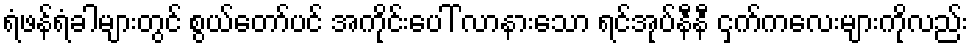
ရံဖန်ရံခါများတွင် စွယ်တော်ပင် အကိုင်းပေါ် လာနားသော ရင်အုပ်နီနီ ငှက်ကလေးများကိုလည်း